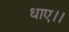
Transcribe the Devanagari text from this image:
धाए।।